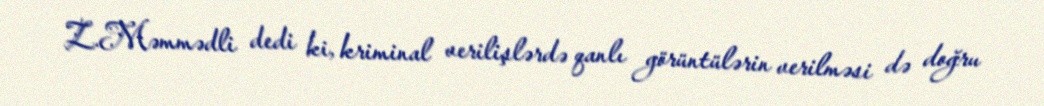
Z.Məmmədli dedi ki, kriminal verilişlərdə qanlı görüntülərin verilməsi də doğru